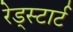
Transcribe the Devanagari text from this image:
रेड्स्टार्ट